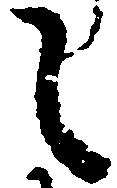
し